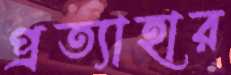
প্রত্যাহার